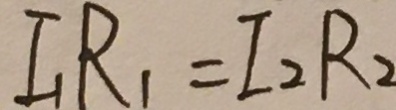
I _ { 1 } R _ { 1 } = I _ { 2 } R _ { 2 }